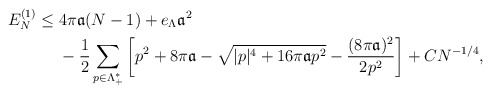
\begin{align*} E_N^{(1)} \le\;& 4\pi \mathfrak{a}(N-1)+e_\Lambda \mathfrak{a}^2\\&-\frac{1}{2}\sum_{p\in \Lambda_+^*}\left[ p^2+8\pi\mathfrak{a}-\sqrt{|p|^4+ 16\pi \mathfrak{a}p^2}-\frac{(8\pi \mathfrak{a})^2}{2p^2}\right]+ CN^{-1/4},\end{align*}